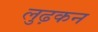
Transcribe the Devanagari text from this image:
लुढ़कन